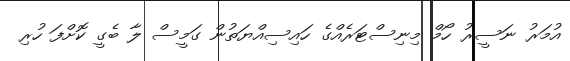
އުމަރު ނަސީރު ހޯމް މިނިސްޓަރެއްގެ ހައިސިއްޔަތުން ގަމީސް ލާ ބެގީ ކޮށްފަ ހުރި